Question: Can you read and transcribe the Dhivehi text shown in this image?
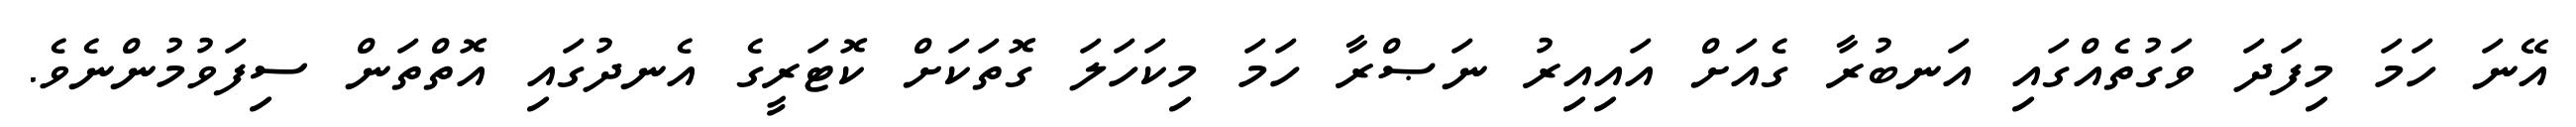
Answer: އޭނަ ހަމަ މިފަދަ ވަގުތެއްގައި އަނބުރާ ގެއަށް އައިއިރު ނަޞްރާ ހަމަ މިކަހަލަ ގޮތަކަށް ކޮޓަރީގެ އެނދުގައި އޮތްތަން ސިފަވުމުންނެވެ.